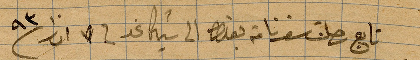
تابع رحلت سفرنا من بغداد الى شيكاغو في ٧ اذار ١٨٩٣